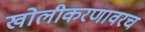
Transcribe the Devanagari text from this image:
खोलीकरणावरच